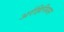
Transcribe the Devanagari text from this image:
अर्रहिनियस